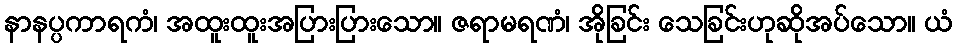
နာနပ္ပကာရကံ၊ အထူးထူးအပြားပြားသော။ ဇရာမရဏံ၊ အိုခြင်း သေခြင်းဟုဆိုအပ်သော။ ယံ